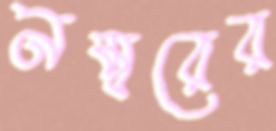
নম্বরের